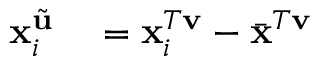
\begin{array} { r l } { \mathbf { x } _ { i } ^ { \tilde { \mathbf { u } } } } & { { } = \mathbf { x } _ { i } ^ { T \mathbf { v } } - \bar { \mathbf { x } } ^ { T \mathbf { v } } } \end{array}